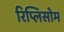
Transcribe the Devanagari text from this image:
रिप्लिसोम